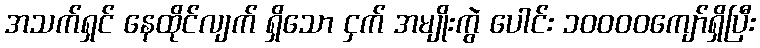
အသက်ရှင် နေထိုင်လျက် ရှိသော ငှက် အမျိုးကွဲ ပေါင်း ၁၀၀၀၀ကျော်ရှိပြီး